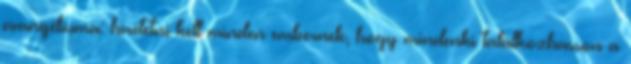
evangéliuma: hirdetni kell minden embernek, hogy mindenki találkozhasson a